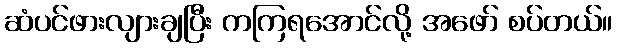
ဆံပင်ဖားလျားချပြီး ကကြရအောင်လို့ အဖော် စပ်တယ်။